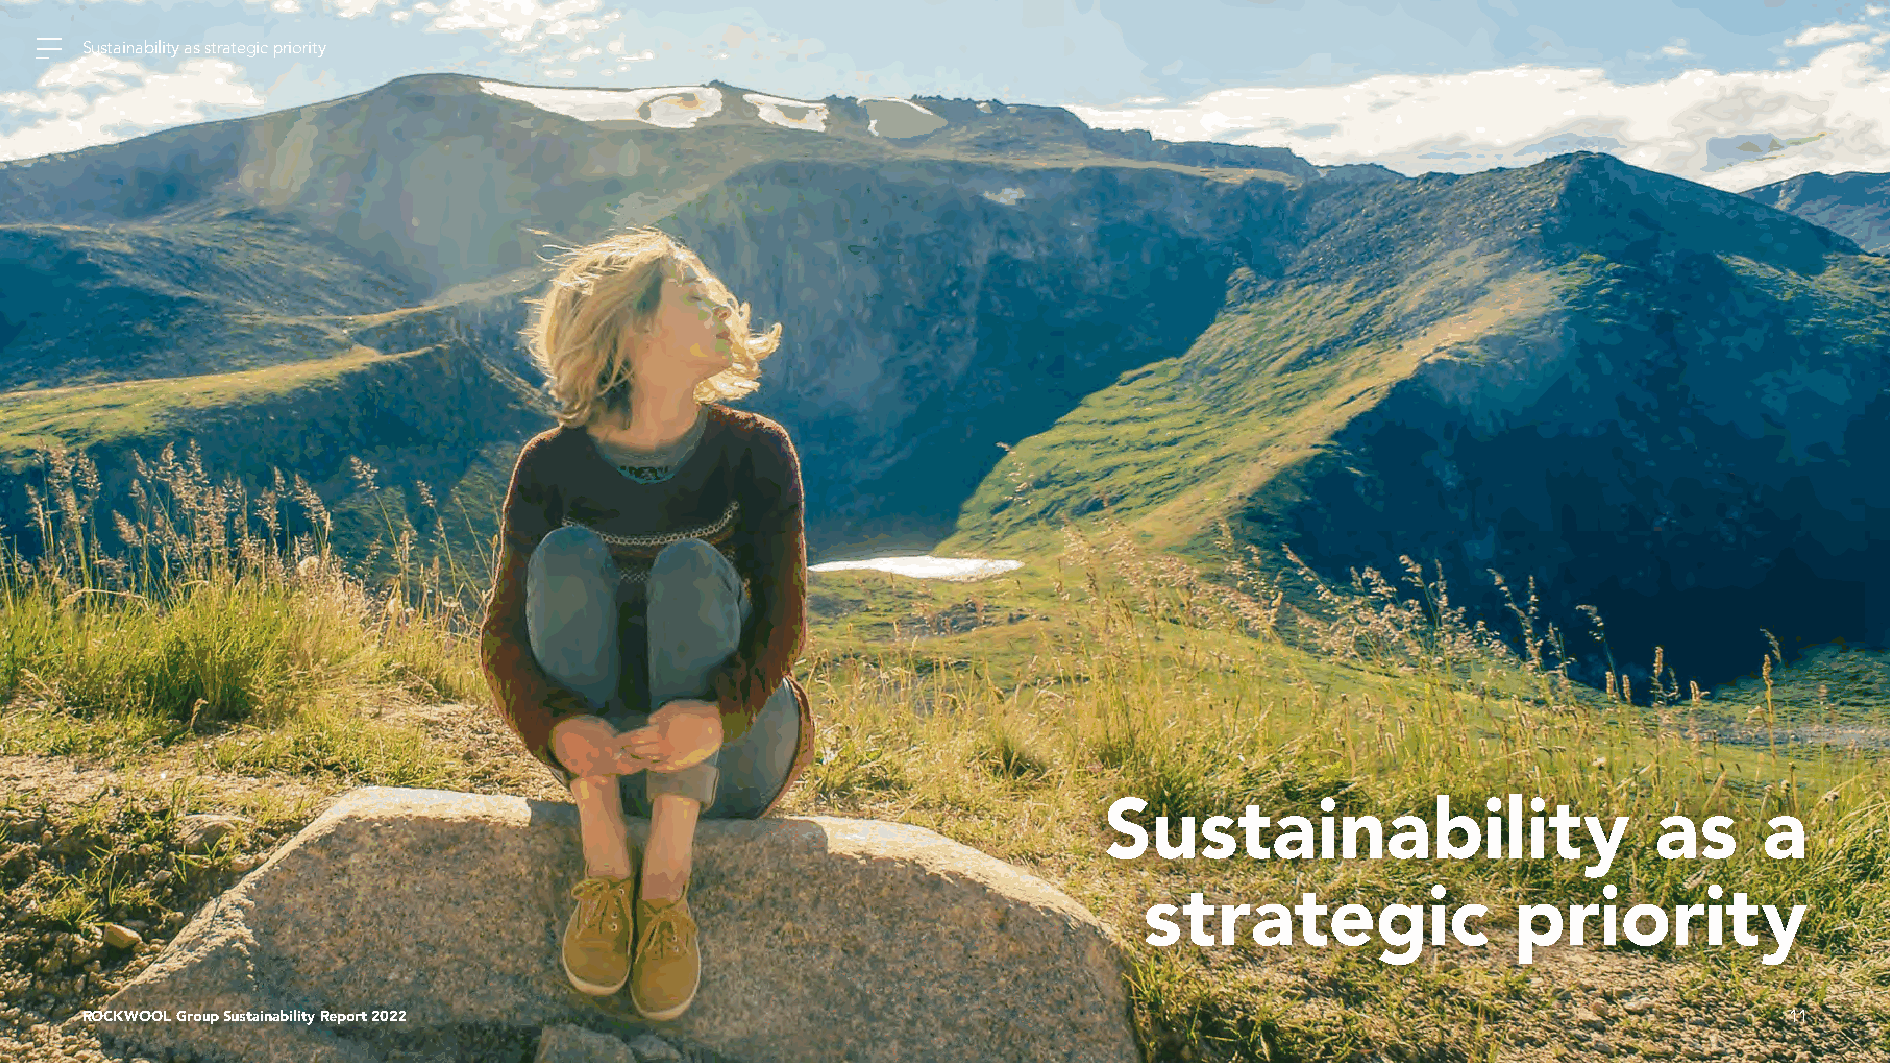
Sustainability as strategic priority
 Sustainability                       as     a
 strategic               priority
 ROCKWOOL Group Sustainability Report 2022                                                                        11